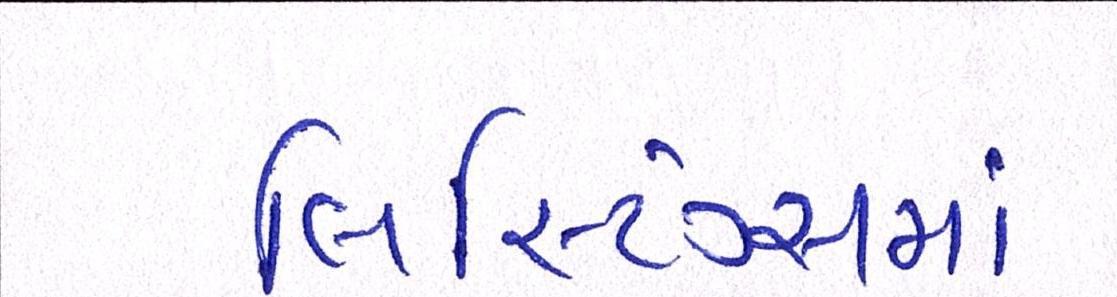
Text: લિસ્ટિંગ્સમાં